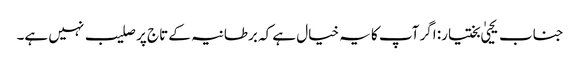
جناب یحییٰ بختیار: اگر آپ کا یہ خیال ہے کہ برطانیہ کے تاج پر صلیب نہیں ہے۔